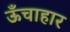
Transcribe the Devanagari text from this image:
ऊँचाहार